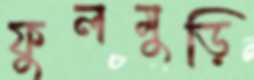
ফুলমুড়ি